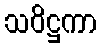
သဝိဋ္ဌကာ